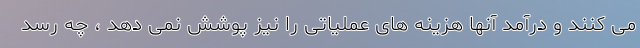
می کنند و درآمد آنها هزینه های عملیاتی را نیز پوشش نمی دهد ، چه رسد